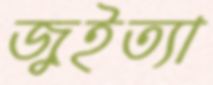
জুইত্যা